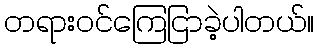
တရားဝင်ကြေငြာခဲ့ပါတယ်။